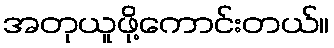
အတုယူဖို့ကောင်းတယ်။